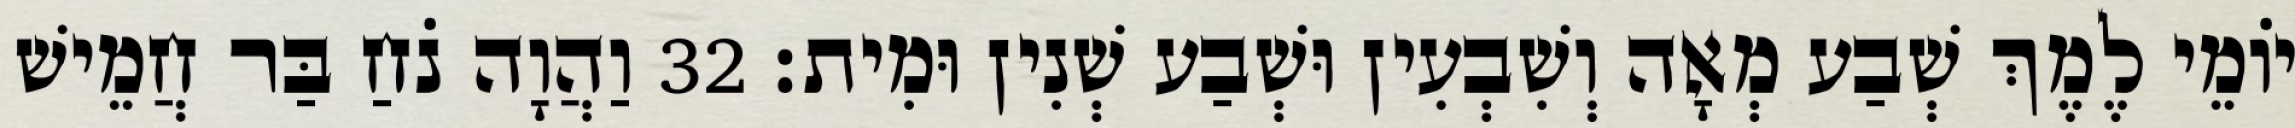
יוֹמֵי לֶמֶךְ שְׁבַע מְאָה וְשִׁבְעִין וּשְׁבַע שְׁנִין וּמִית׃ 32 וַהֲוָה נֹחַ בַּר חֲמֵישׁ